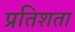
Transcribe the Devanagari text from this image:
प्रतिशता